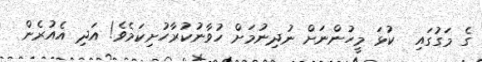
ގެ މަގުގައި  ކުޅަ މީހުންނަށް ނުދިނުމަށް ހުވާނުކުރާހުށިކަމެވެ! އަދި އެއުރެން